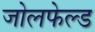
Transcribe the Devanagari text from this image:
जोलफेल्ड